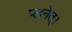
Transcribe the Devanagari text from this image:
प्लनेत्।